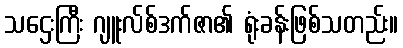
သဌေးကြီး ဂျူးလ်စ်ဒက်ဇာ၏ ရုံးခန်းဖြစ်သတည်း။